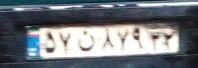
۵۷ن۸۷۹۴۲